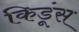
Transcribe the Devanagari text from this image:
किडूंस